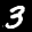
Label: 3